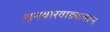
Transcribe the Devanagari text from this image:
शनवारवाड्यावरून